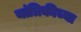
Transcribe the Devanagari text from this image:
यांत्रिकीच्या